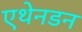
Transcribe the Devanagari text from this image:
एथेनडन